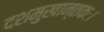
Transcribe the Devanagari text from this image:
दशमुखान्तकः।